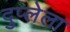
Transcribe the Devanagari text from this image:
दुप्लेला